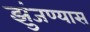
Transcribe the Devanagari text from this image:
झुंजण्यास